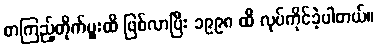
စာကြည့်တိုက်မှူးထိ ဖြစ်လာပြီး ၁၉၉၈ ထိ လုပ်ကိုင်ခဲ့ပါတယ်။